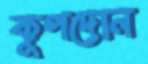
কূপদোন